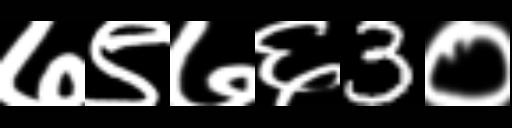
Text: ७९७६3०